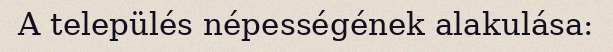
A település népességének alakulása: